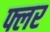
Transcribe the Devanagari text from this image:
फ्लर